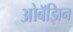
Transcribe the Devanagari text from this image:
ओबॅझिन